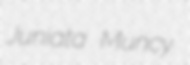
Juniata Muncy